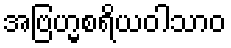
အဗြဟ္မစရိယဝါသာဝ